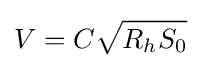
V=C{\sqrt {R_{h}S_{0}}}